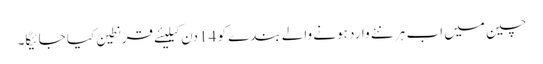
چین میں اب ہر نئے وارد ہونے والے بندے کو 14 دن کیلیئے قرنطین کیا جائیگا۔